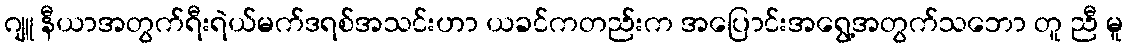
ဂျူ နီယာအတွက်ရီးရဲယ်မက်ဒရစ်အသင်းဟာ ယခင်ကတည်းက အပြောင်းအရွေ့အတွက်သဘော တူ ညီ မူ